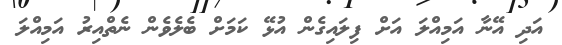
އަދި އޭނާ އަމިއްލަ އަށް ފިލައިގެން އުޅޭ ކަމަށް ބެލެވެން ނެތްއިރު އަމިއްލަ